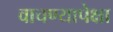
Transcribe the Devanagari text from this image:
वाचण्यापेक्षा